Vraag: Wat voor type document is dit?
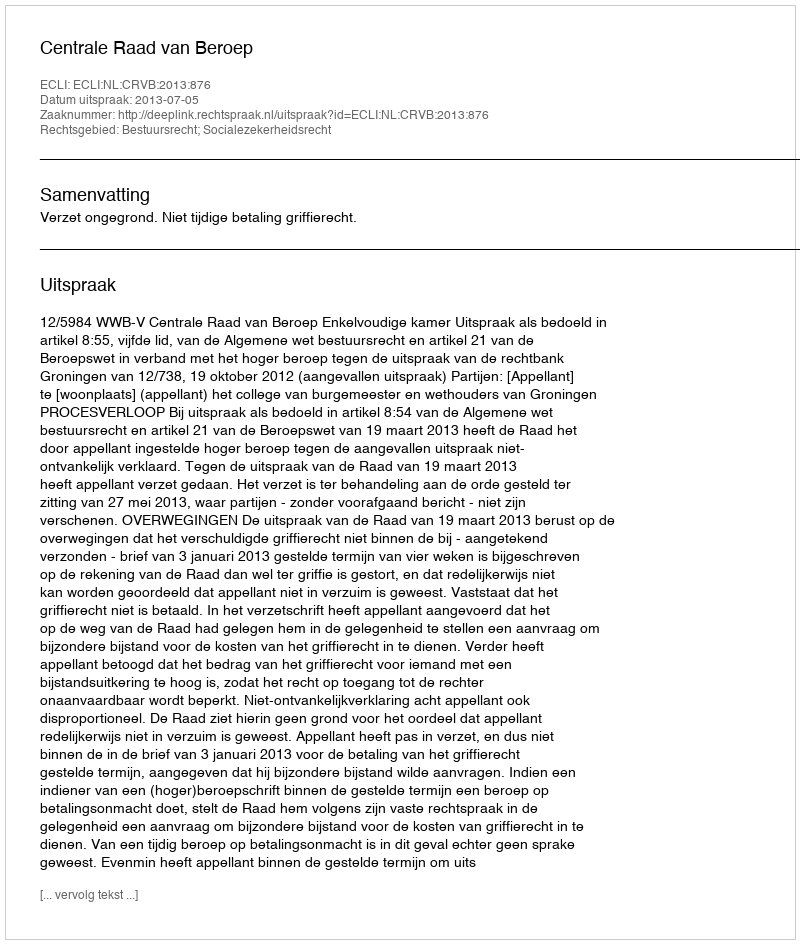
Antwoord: Uitspraak